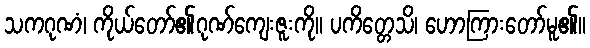
သကဂုဏံ၊ ကိုယ်တော်၏ဂုဏ်ကျေးဇူးကို။ ပကိတ္တေသိ၊ ဟောကြားတော်မူ၏။